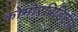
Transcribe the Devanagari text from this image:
कोमोरबिडिटीस